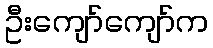
ဦးကျော်ကျော်က